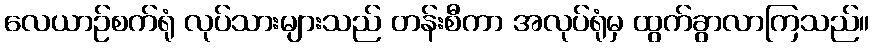
လေယာဉ်စက်ရုံ လုပ်သားများသည် တန်းစီကာ အလုပ်ရုံမှ ထွက်ခွာလာကြသည်။